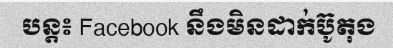
បន្ត៖ Facebook នឹងមិនដាក់ប៊ូតុង